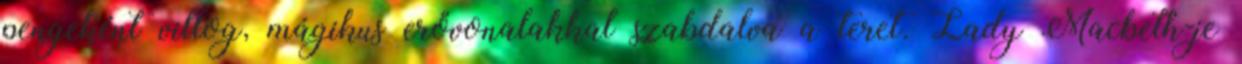
pengeként villog, mágikus erővonalakkal szabdalva a teret. Lady Macbeth-je